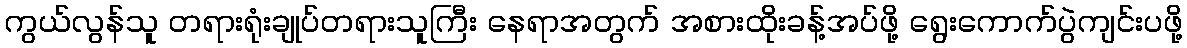
ကွယ်လွန်သူ တရားရုံးချုပ်တရားသူကြီး နေရာအတွက် အစားထိုးခန့်အပ်ဖို့ ရွေးကောက်ပွဲကျင်းပဖို့